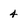
Character: 4